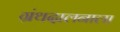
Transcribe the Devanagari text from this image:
ग्रंथदालनाला